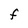
Character: F